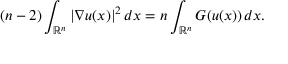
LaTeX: ( n - 2 ) \int _ { \mathbb { R } ^ { n } } | \nabla u ( x ) | ^ { 2 } \, d x = n \int _ { \mathbb { R } ^ { n } } G ( u ( x ) ) \, d x .